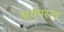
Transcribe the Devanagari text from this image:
अर्थपरत्व